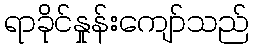
ရာခိုင်နှုန်းကျော်သည်